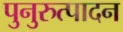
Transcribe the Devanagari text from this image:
पुनुरुत्पादन